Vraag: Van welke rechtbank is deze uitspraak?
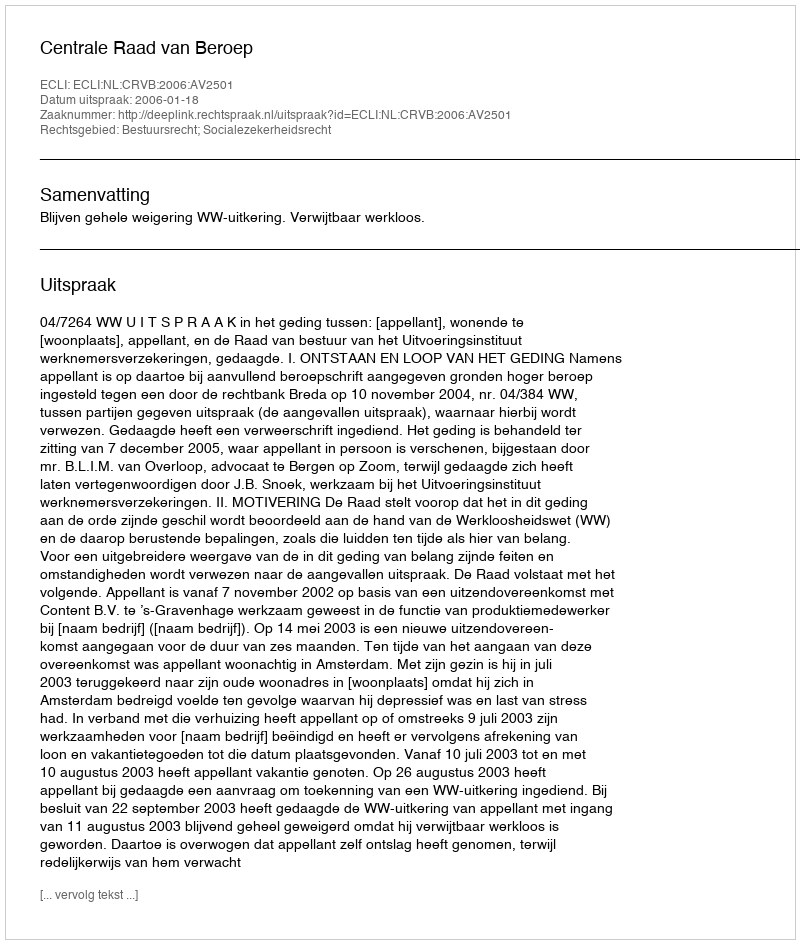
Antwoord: Centrale Raad van Beroep